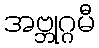
အဗ္ဘုဂ္ဂမီ